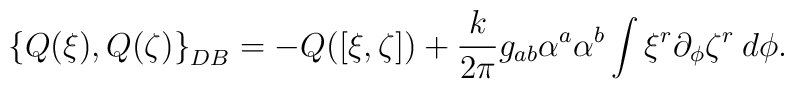
\left\{Q(\xi),Q(\zeta)\right\}_{DB} = - Q([\xi,\zeta]) + {k\over2\pi}g_{ab}\alpha^a\alpha^b\int \xi^r\partial_\phi\zeta^r \:  d\phi .